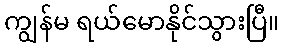
ကျွန်မ ရယ်မောနိုင်သွားပြီ။